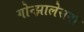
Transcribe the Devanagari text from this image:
गोन्झालेसना